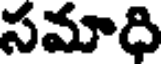
సమాది